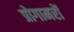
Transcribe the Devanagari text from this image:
प्रोगामरों